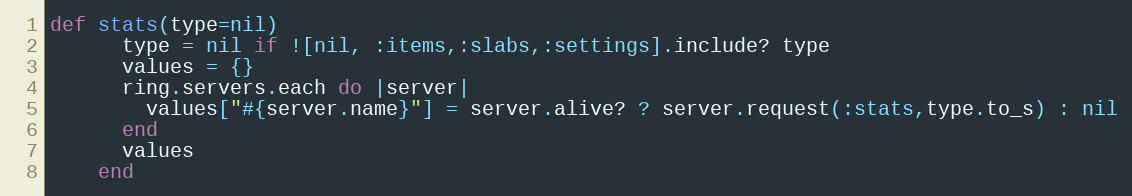
Language: Ruby
def stats(type=nil)
      type = nil if ![nil, :items,:slabs,:settings].include? type
      values = {}
      ring.servers.each do |server|
        values["#{server.name}"] = server.alive? ? server.request(:stats,type.to_s) : nil
      end
      values
    end